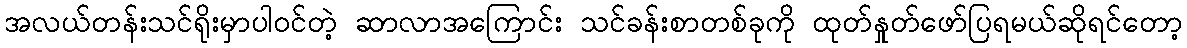
အလယ်တန်းသင်ရိုးမှာပါဝင်တဲ့ ဆာလာအကြောင်း သင်ခန်းစာတစ်ခုကို ထုတ်နှုတ်ဖော်ပြရမယ်ဆိုရင်တော့